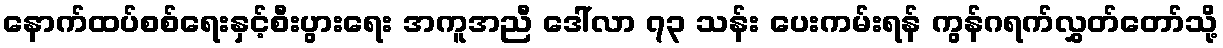
နောက်ထပ်စစ်ရေးနှင့်စီးပွားရေး အကူအညီ ဒေါ်လာ ၇၃ သန်း ပေးကမ်းရန် ကွန်ဂရက်လွှတ်တော်သို့